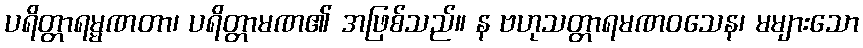
ပရိတ္တာရမ္မဏတာ၊ ပရိတ္တာမဏ၏ အဖြစ်သည်။ န ဗဟုသတ္တာရမဏဝသေန၊ မများသော